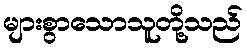
များစွာသောသူတို့သည်